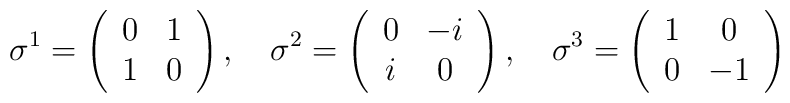
\sigma^1 = \left (  \begin{array}[c]{cc}    0 & 1 \\    1 & 0  \end{array} \right ), \quad\sigma^2 = \left (  \begin{array}[c]{cc}    0 & -i \\    i & 0  \end{array} \right ), \quad\sigma^3 = \left (  \begin{array}[c]{cc}    1 & 0 \\    0 & -1  \end{array} \right )